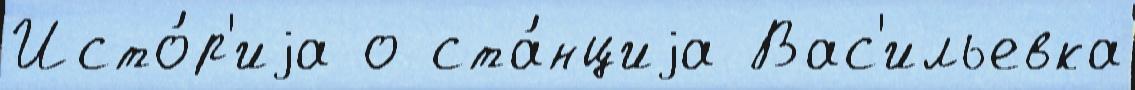
Исто́р'иjа о ста́нциjа Вас'ильевка